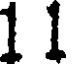
1 1